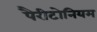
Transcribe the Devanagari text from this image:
पैरीटोनियम